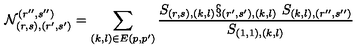
\mathcal { N } _ { ( r , s ) , ( r ^ { \prime } , s ^ { \prime } ) } ^ { ( r ^ { \prime \prime } , s ^ { \prime \prime } ) } \medskip = \sum _ { ( k , l ) \in E ( p , p ^ { \prime } ) } \frac { S _ { ( r , s ) , ( k , l ) } \S _ { ( r ^ { \prime } , s ^ { \prime } ) , ( k , l ) } \ S _ { ( k , l ) , ( r ^ { \prime \prime } , s ^ { \prime \prime } ) } } { S _ { ( 1 , 1 ) , ( k , l ) } }